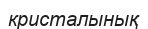
кристалынық